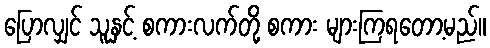
ပြောလျှင် သူနှင့် စကားလက်တို့ စကား များကြရတော့မည်။